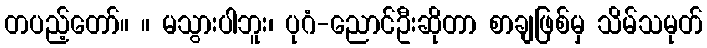
တပည့်တော်။ ။ မသွားပါဘူး၊ ပုဂံ-ညောင်ဦးဆိုတာ စာချဖြစ်မှ သိမ်သမုတ်